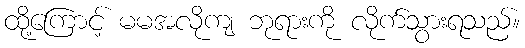
ထို့ကြောင့် မမအလိုကျ ဘုရားကို လိုက်သွားရသည်။